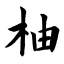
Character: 柚